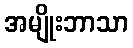
အမျိုးဘာသာ